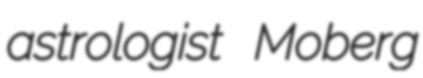
astrologist Moberg